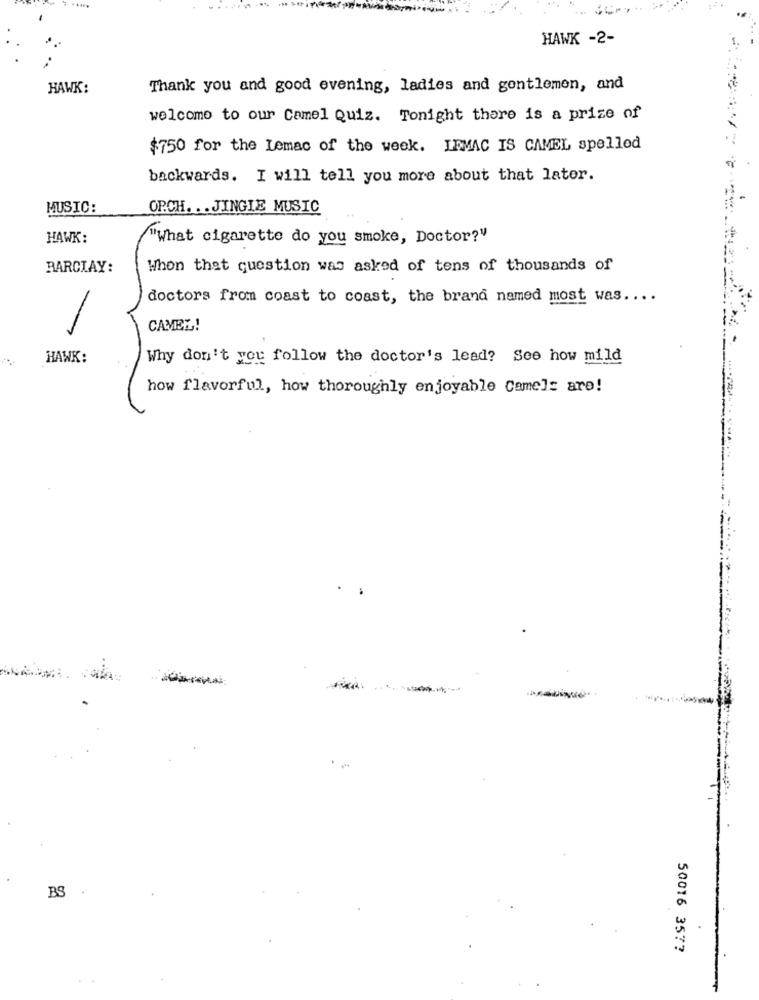
HAWK -2-
HAWK:
Thank you and good evening, ladies and gentlemen, and
welcome to our Camel Quiz. Tonight there is a prize of
$750 for the Lemac of the week. IFMAC IS CAMEL spelled
backwards. I will tell you more about that later.
MUSIC:
OPCH. .. JINGLE MUSIC
HAWK:
"What cigarette do you smoke, Doctor?"
BARCIAY:
When that question was asked of tens of thousands of
doctors from coast to coast, the brand named most was ....
CAMEL!
-
-----
HAWK:
Why don't you follow the doctor's lead? See how mild
how flavorful, how thoroughly enjoyable Camels are!
-
BS
50016 35 ??